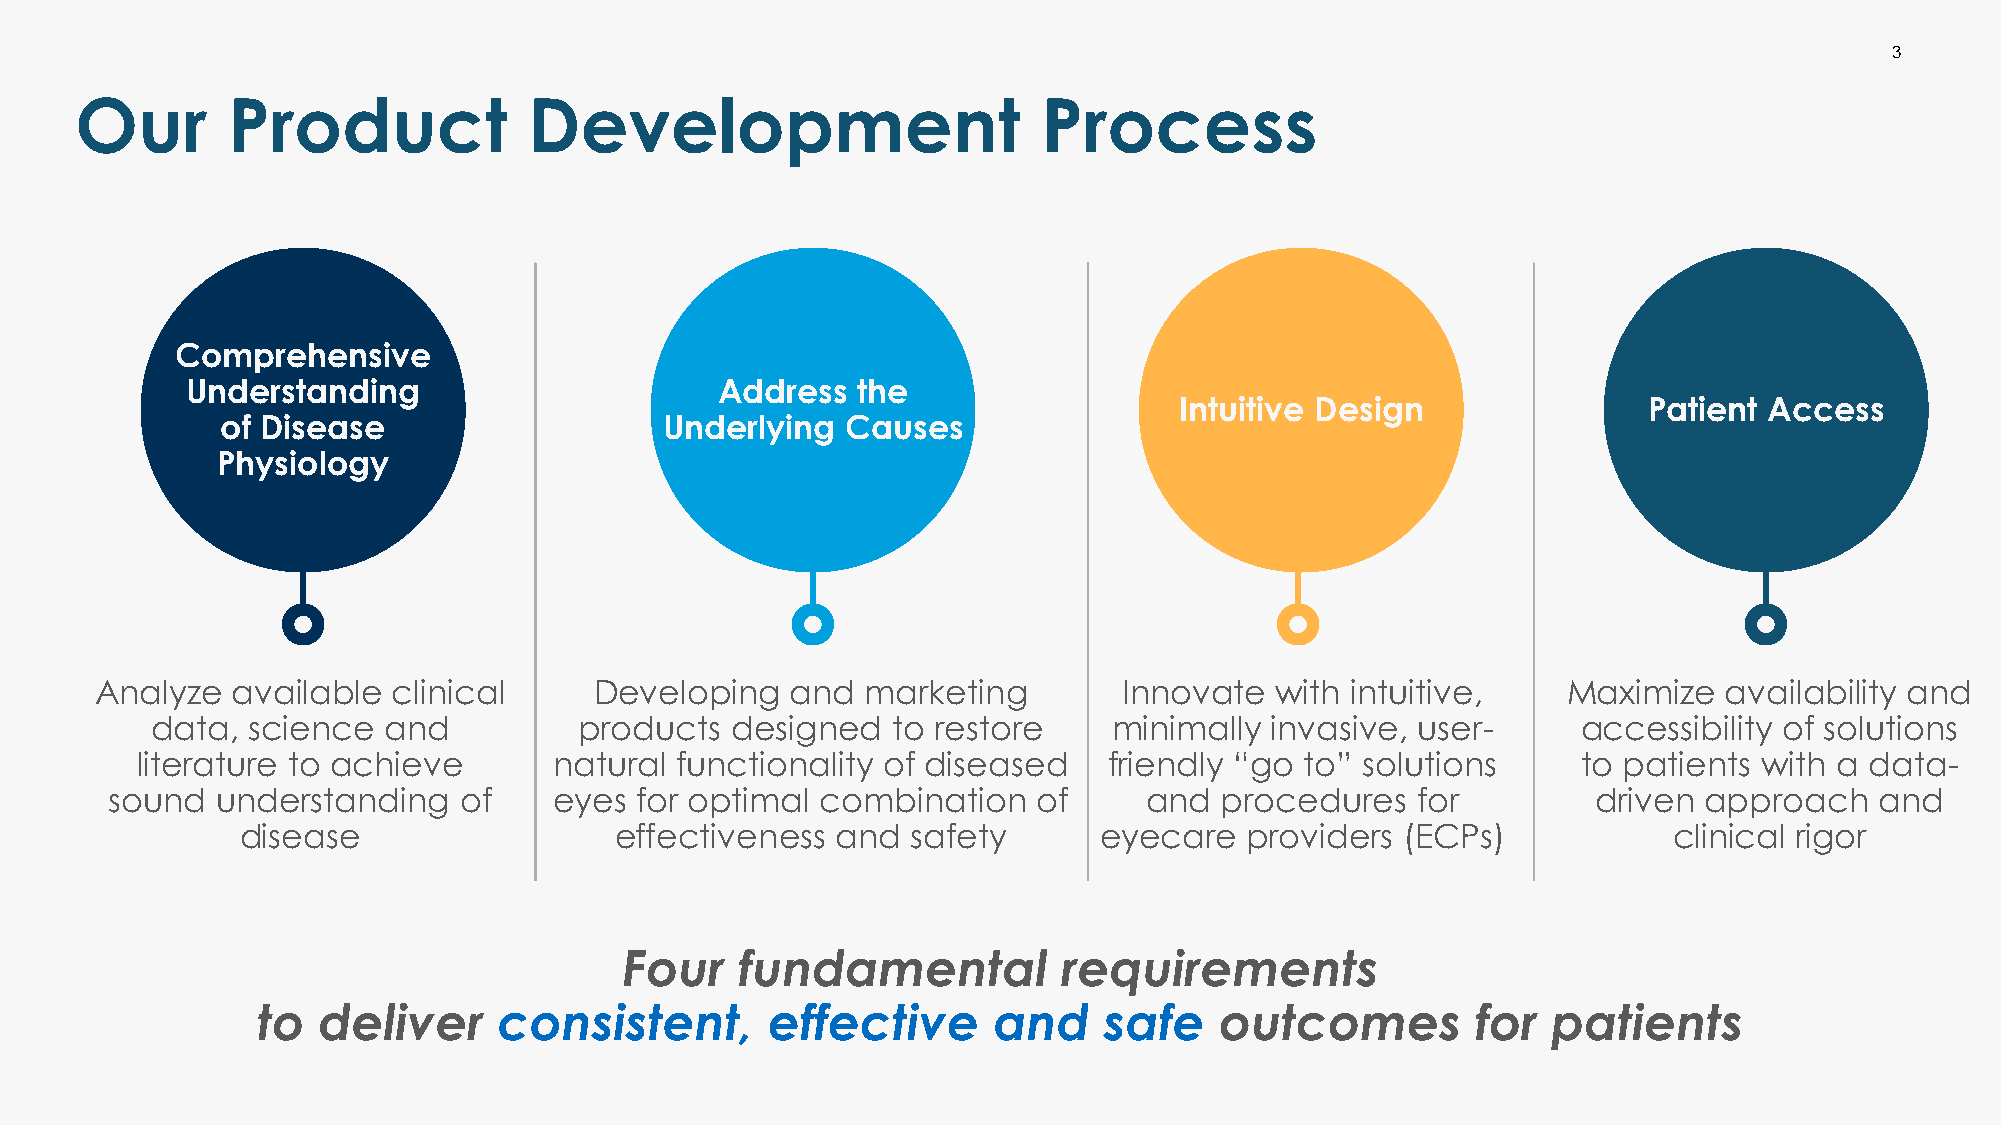
3
 Our       Product             Development                       Process
 Comprehensive
 Understanding                      Address   the
 Intuitive Design               Patient Access
 of Disease                   Underlying  Causes
 Physiology
 Analyze  available  clinical     Developing   and  marketing        Innovate  with intuitive,     Maximize  availability and
 data, science  and          products  designed   to restore     minimally invasive, user-      accessibility of solutions
 literature to achieve       natural functionality of diseased   friendly “go to” solutions      to patients with a data-
 sound  understanding   of     eyes for optimal combination    of     and  procedures   for         driven approach   and
 disease                  effectiveness and  safety       eyecare   providers (ECPs)            clinical rigor
 Four    fundamental          requirements
 to  deliver     consistent,       effective      and    safe    outcomes         for  patients